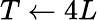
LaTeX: T\gets 4L